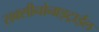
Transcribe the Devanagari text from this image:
सक्सीनोनाइट्राईल